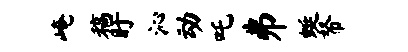
崦稿盱沁动吒井蜓帑